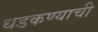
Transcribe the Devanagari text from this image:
धडकण्याची